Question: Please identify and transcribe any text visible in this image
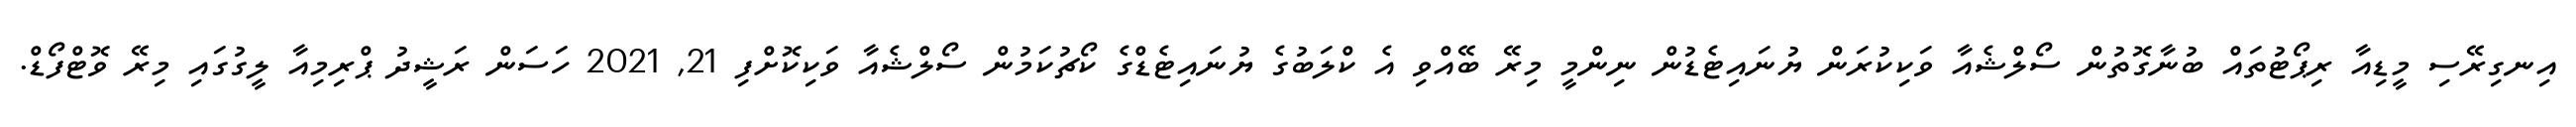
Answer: އިނގިރޭސި މީޑިއާ ރިޕޯޓުތައް ބުނާގޮތުން ސޯލްޝެއާ ވަކިކުރަން ޔުނައިޓެޑުން ނިންމީ މިރޭ ބޭއްވި އެ ކްލަބުގެ ޔުނައިޓެޑްގެ ކޯޗުކަމުން ސޯލްޝެއާ ވަކިކޮށްފި 21, 2021 ހަސަން ރަޝީދު ޕްރިމިއާ ލީގުގައި މިރޭ ވޮޓްފޯޑް.